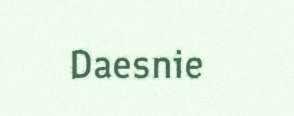
Daesnie